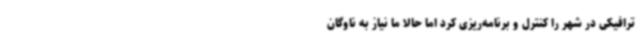
ترافیکی در شهر را کنترل و برنامه‌ریزی کرد اما حالا ما نیاز به ناوگان